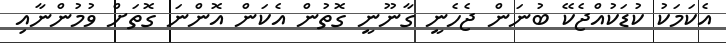
އެކަމަކު ކުޑަކުއްޖެކޭ ބުނަން ޖެހެނީ ގާނޫނީ ގޮތުން އެކަން އޮންނަ ގޮތަށް ވުމުންނާއި